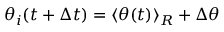
\theta _ { i } ( t + \Delta t ) = { \langle \theta ( t ) \rangle } _ { R } + \Delta \theta